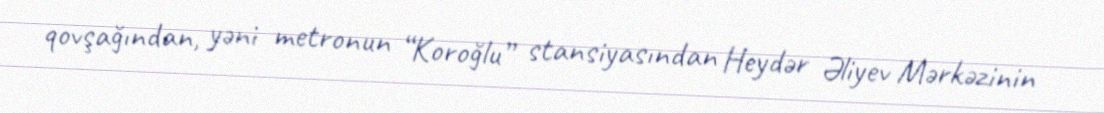
qovşağından, yəni metronun “Koroğlu” stansiyasından Heydər Əliyev Mərkəzinin